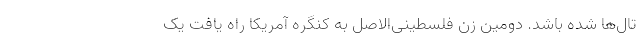
تال‌ها شده باشد. دومین زن فلسطینی‌الاصل به کنگره آمریکا راه یافت یک